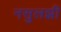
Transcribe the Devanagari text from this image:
नसुलझी